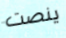
ينصت